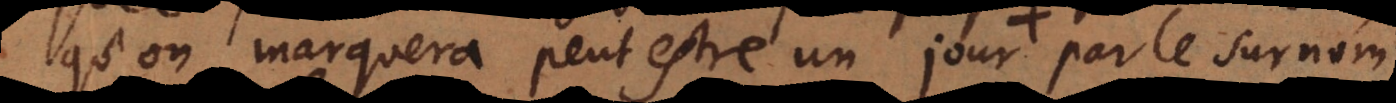
qu’on marquera peutestre un jour par le surnom